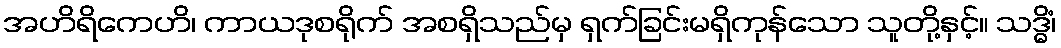
အဟိရိကေဟိ၊ ကာယဒုစရိုက် အစရှိသည်မှ ရှက်ခြင်းမရှိကုန်သော သူတို့နှင့်။ သဒ္ဓိံ၊